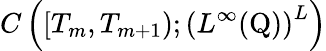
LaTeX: C\left([T_{m},T_{m+1});\left(L^{\infty}(\mathrm{Q})\right)^{L}\right)